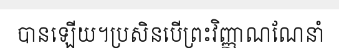
បានឡើយ។ប្រសិនបើព្រះវិញ្ញាណណែនាំ